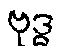
ဗုဒ္ဓ